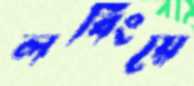
লবিংয়ে